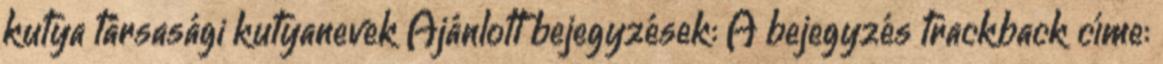
kutya társasági kutyanevek Ajánlott bejegyzések: A bejegyzés trackback címe: